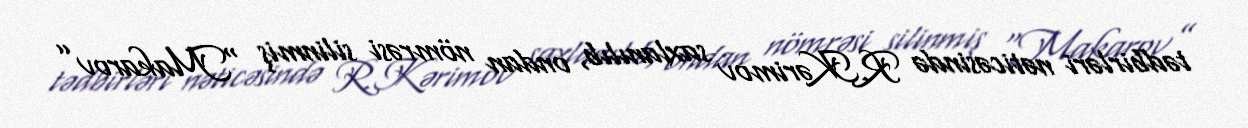
tədbirləri nəticəsində R.Kərimov saxlanılıb, ondan nömrəsi silinmiş “Makarov”